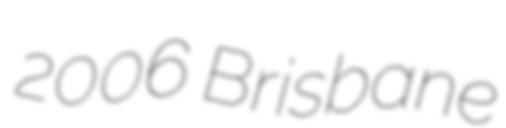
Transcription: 2006 Brisbane